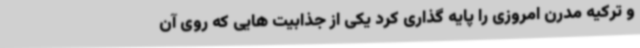
و ترکیه مدرن امروزی را پایه گذاری کرد یکی از جذابیت هایی که روی آن